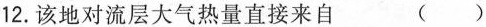
12.该地对流层大气热量直接来自 ()